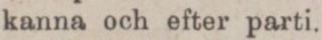
kanna och efter parti.